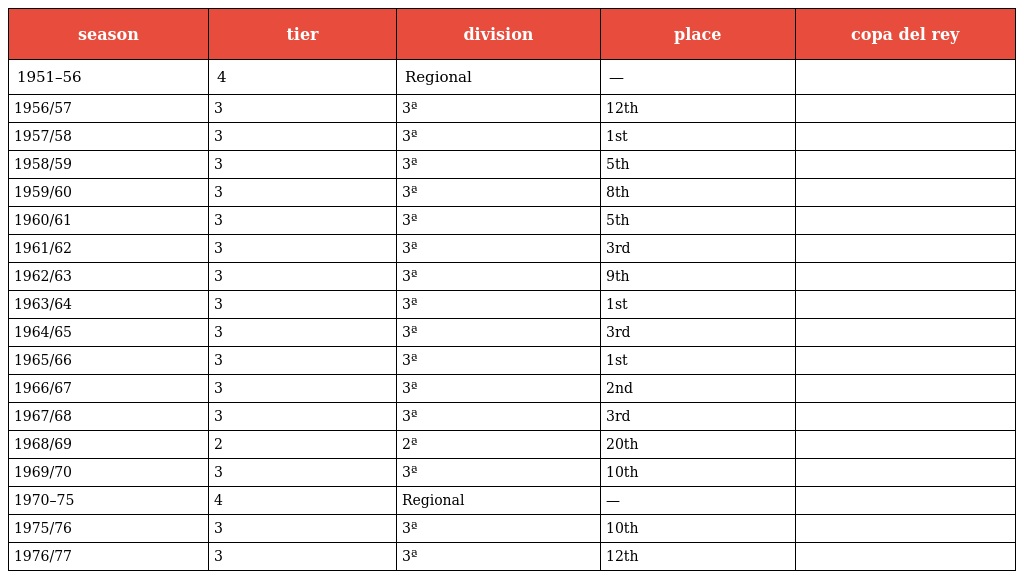
| season | tier | division | place | copa del rey |
 | --- | --- | --- | --- | --- |
 | 1951–56 | 4 | Regional | — |  |
 | 1956/57 | 3 | 3ª | 12th |  |
 | 1957/58 | 3 | 3ª | 1st |  |
 | 1958/59 | 3 | 3ª | 5th |  |
 | 1959/60 | 3 | 3ª | 8th |  |
 | 1960/61 | 3 | 3ª | 5th |  |
 | 1961/62 | 3 | 3ª | 3rd |  |
 | 1962/63 | 3 | 3ª | 9th |  |
 | 1963/64 | 3 | 3ª | 1st |  |
 | 1964/65 | 3 | 3ª | 3rd |  |
 | 1965/66 | 3 | 3ª | 1st |  |
 | 1966/67 | 3 | 3ª | 2nd |  |
 | 1967/68 | 3 | 3ª | 3rd |  |
 | 1968/69 | 2 | 2ª | 20th |  |
 | 1969/70 | 3 | 3ª | 10th |  |
 | 1970–75 | 4 | Regional | — |  |
 | 1975/76 | 3 | 3ª | 10th |  |
 | 1976/77 | 3 | 3ª | 12th |  |